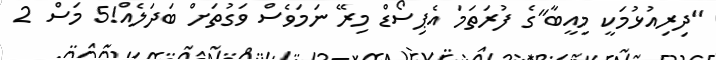
"ދިރިއުޅުމަކީ މިއީބާ"ގެ ފުރަތަމަ އެޕިސޯޑް މިރޭ ނަމަވެސް ވަގުތަށް ބަދަލެއް!5 މަސް 2